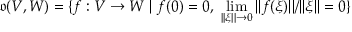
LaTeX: { \mathfrak { o } } ( V , W ) = \{ f : V \to W \ | \ f ( 0 ) = 0 , \ \operatorname* { l i m } _ { | | \xi | | \to 0 } | | f ( \xi ) | | / | | \xi | | = 0 \}